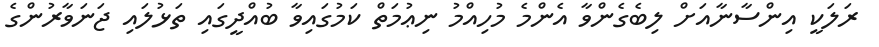
ރަލަކީ އިންސާނާއަށް ލިބެގެންވާ އެންމެ މުހިއްމު ނިޢުމަތް ކަމުގައިވާ ބުއްދީގައި ތަޅުލައި ޖަނަވާރުންގެ